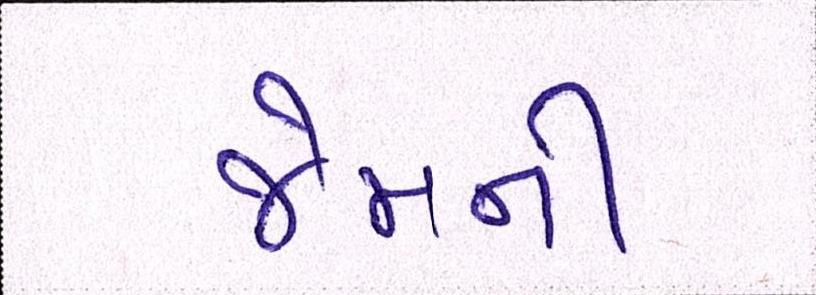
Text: જેમની